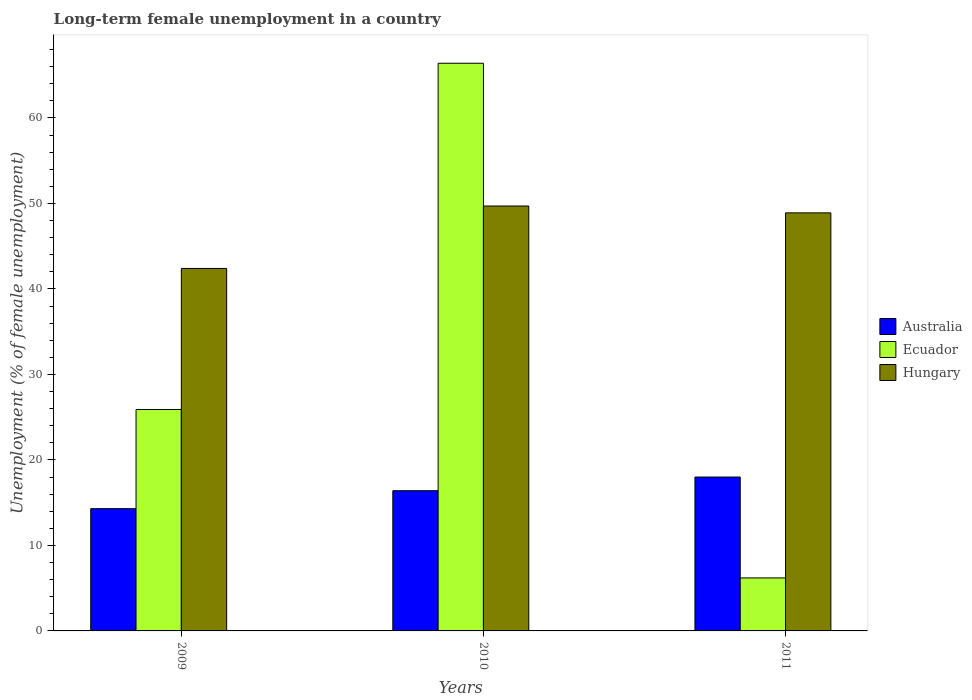
| Years | Australia | Ecuador | Hungary |
 | --- | --- | --- | --- |
 | 2009 | 14.3 | 25.9 | 42.4 |
 | 2010 | 16.4 | 66.4 | 49.7 |
 | 2011 | 18 | 6.2 | 48.9 |